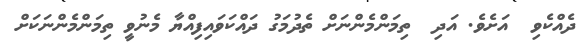
ދެއްކެވި  އަށެވެ. އަދި  ތިމަންމެންނަށް ތެދުމަގު ދައްކަވައިފިއްޔާ މެނުވީ ތިމަންމެންނަކަށް